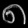
Digit: ၈